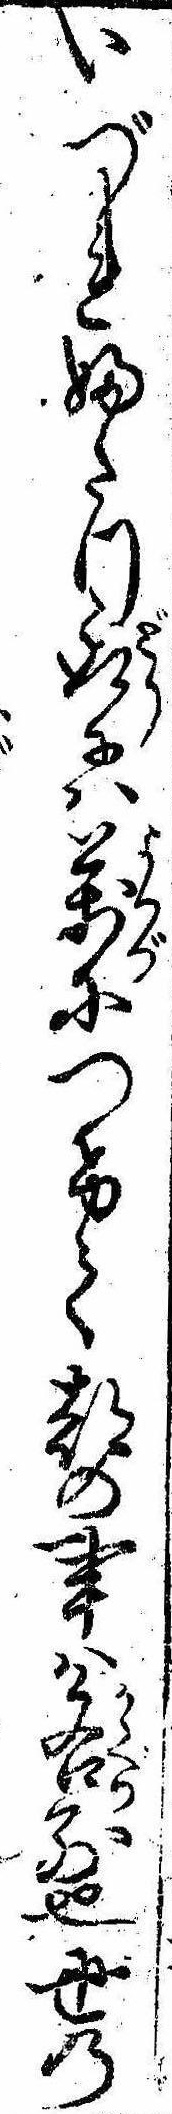
いづれふたつ取には万につけて都の事は各別也世の